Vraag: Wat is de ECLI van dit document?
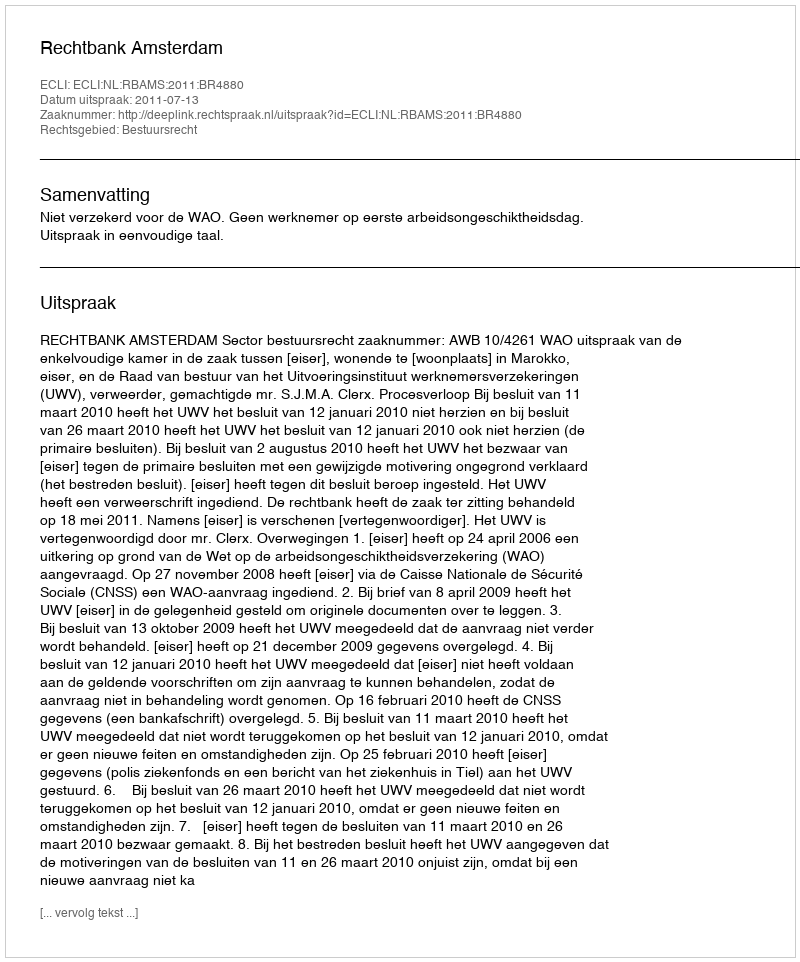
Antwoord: ECLI:NL:RBAMS:2011:BR4880